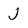
Character: J